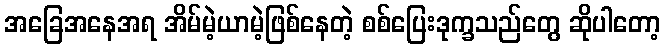
အခြေအနေအရ အိမ်မဲ့ယာမဲ့ဖြစ်နေတဲ့ စစ်ပြေးဒုက္ခသည်တွေ ဆိုပါတော့